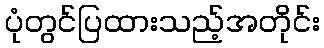
ပုံတွင်ပြထားသည့်အတိုင်း